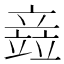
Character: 𫁪